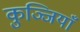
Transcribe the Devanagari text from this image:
कुञ्जियाँ